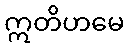
ဣတိဟမေ